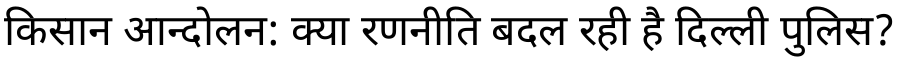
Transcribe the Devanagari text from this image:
किसान आन्दोलन: क्या रणनीति बदल रही है दिल्ली पुलिस?